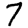
Digit: 7